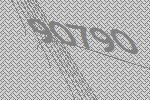
90790